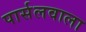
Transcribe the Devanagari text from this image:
पार्सलवाला